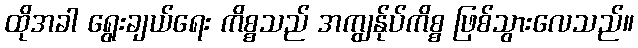
ထိုအခါ ရွေးချယ်ရေး ကိစ္စသည် အကျွန်ုပ်ကိစ္စ ဖြစ်သွားလေသည်။